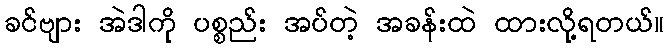
ခင်ဗျား အဲဒါကို ပစ္စည်း အပ်တဲ့ အခန်းထဲ ထားလို့ရတယ်။